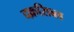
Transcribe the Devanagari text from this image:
दक्रसिब्ल